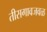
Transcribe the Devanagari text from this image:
तीसगावजवळ